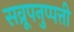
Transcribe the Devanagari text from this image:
सव्रूपनुप्पत्ती